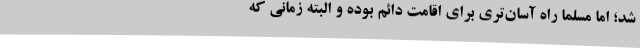
شد؛ اما مسلماً راه آسان‌تری برای اقامت دائم بوده و البته زمانی که